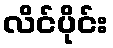
လိင်ပိုင်း